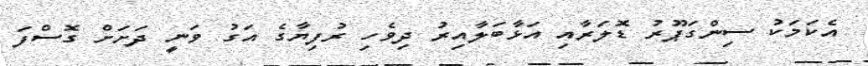
އެކަމަކު ސިންގަޕޫރު ޑޮލަރާއި އަޅާބަލާއިރު ދިވެހި ރުފިޔާގެ އަގު ވަނީ ދަށަށް ގޮސްފަ